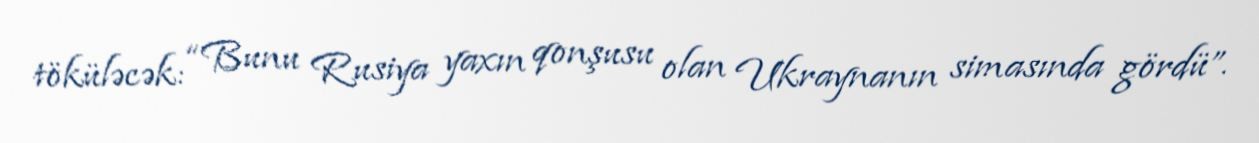
töküləcək: “Bunu Rusiya yaxın qonşusu olan Ukraynanın simasında gördü”.